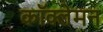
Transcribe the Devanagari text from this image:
कॉक्लेमन